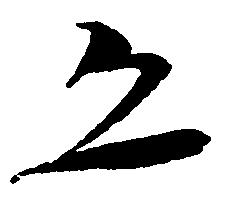
恐